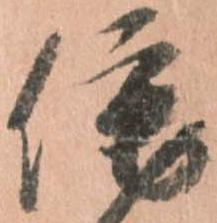
侘